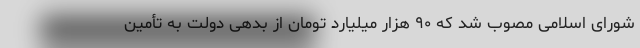
شورای اسلامی مصوب شد که ۹۰ هزار میلیارد تومان از بدهی دولت به تأمین